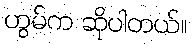
ဟွမ်က ဆိုပါတယ်။